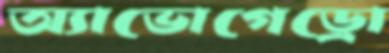
অ্যাভোগেড্রো